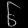
Digit: ၆